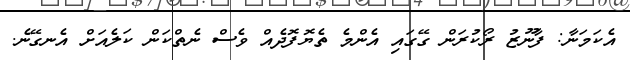
އެކަމަނާ: ފާނޫޒު ރޯކުރަން ގޭގައި އެންމެ ތެޔޮފޮދެއް ވެސް ނެތްކަން ކަލެއަށް އެނގޭނެ.